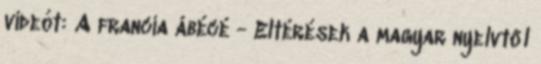
videót: A francia ábécé - Eltérések a magyar nyelvtől